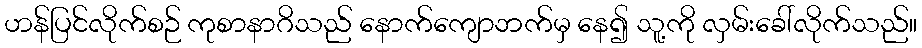
ဟန်ပြင်လိုက်စဉ် ကုစာနာဂိသည် နောက်ကျောဘက်မှ နေ၍ သူ့ကို လှမ်းခေါ်လိုက်သည်။